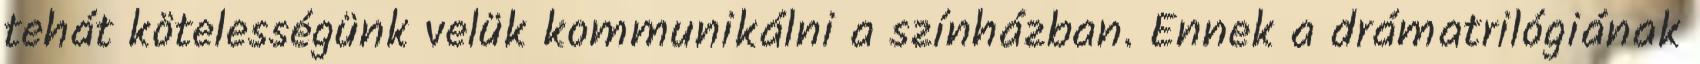
tehát kötelességünk velük kommunikálni a színházban. Ennek a drámatrilógiának